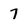
Character: 7